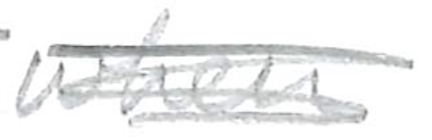
Text: when
Cross-out: scratch
Writing tool: pencil